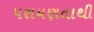
પરાયણતાથી